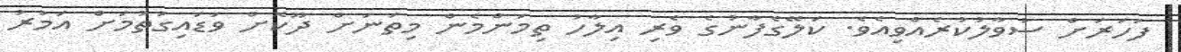
ފަހަރަށް ސުވާލުކުރެއްވިއެވެ. ކަލޭގެފާނުގެ ވެރި އިލާހު ތިމަންމެން މިތަނަށް ދޫކޮށް ވަޑައިގަތުމަށް އަމުރު